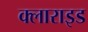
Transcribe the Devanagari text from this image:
क्लाराइड